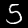
Label: 5